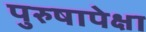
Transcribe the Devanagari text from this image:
पुरुषापेक्षा